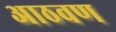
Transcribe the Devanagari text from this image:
अाठवण